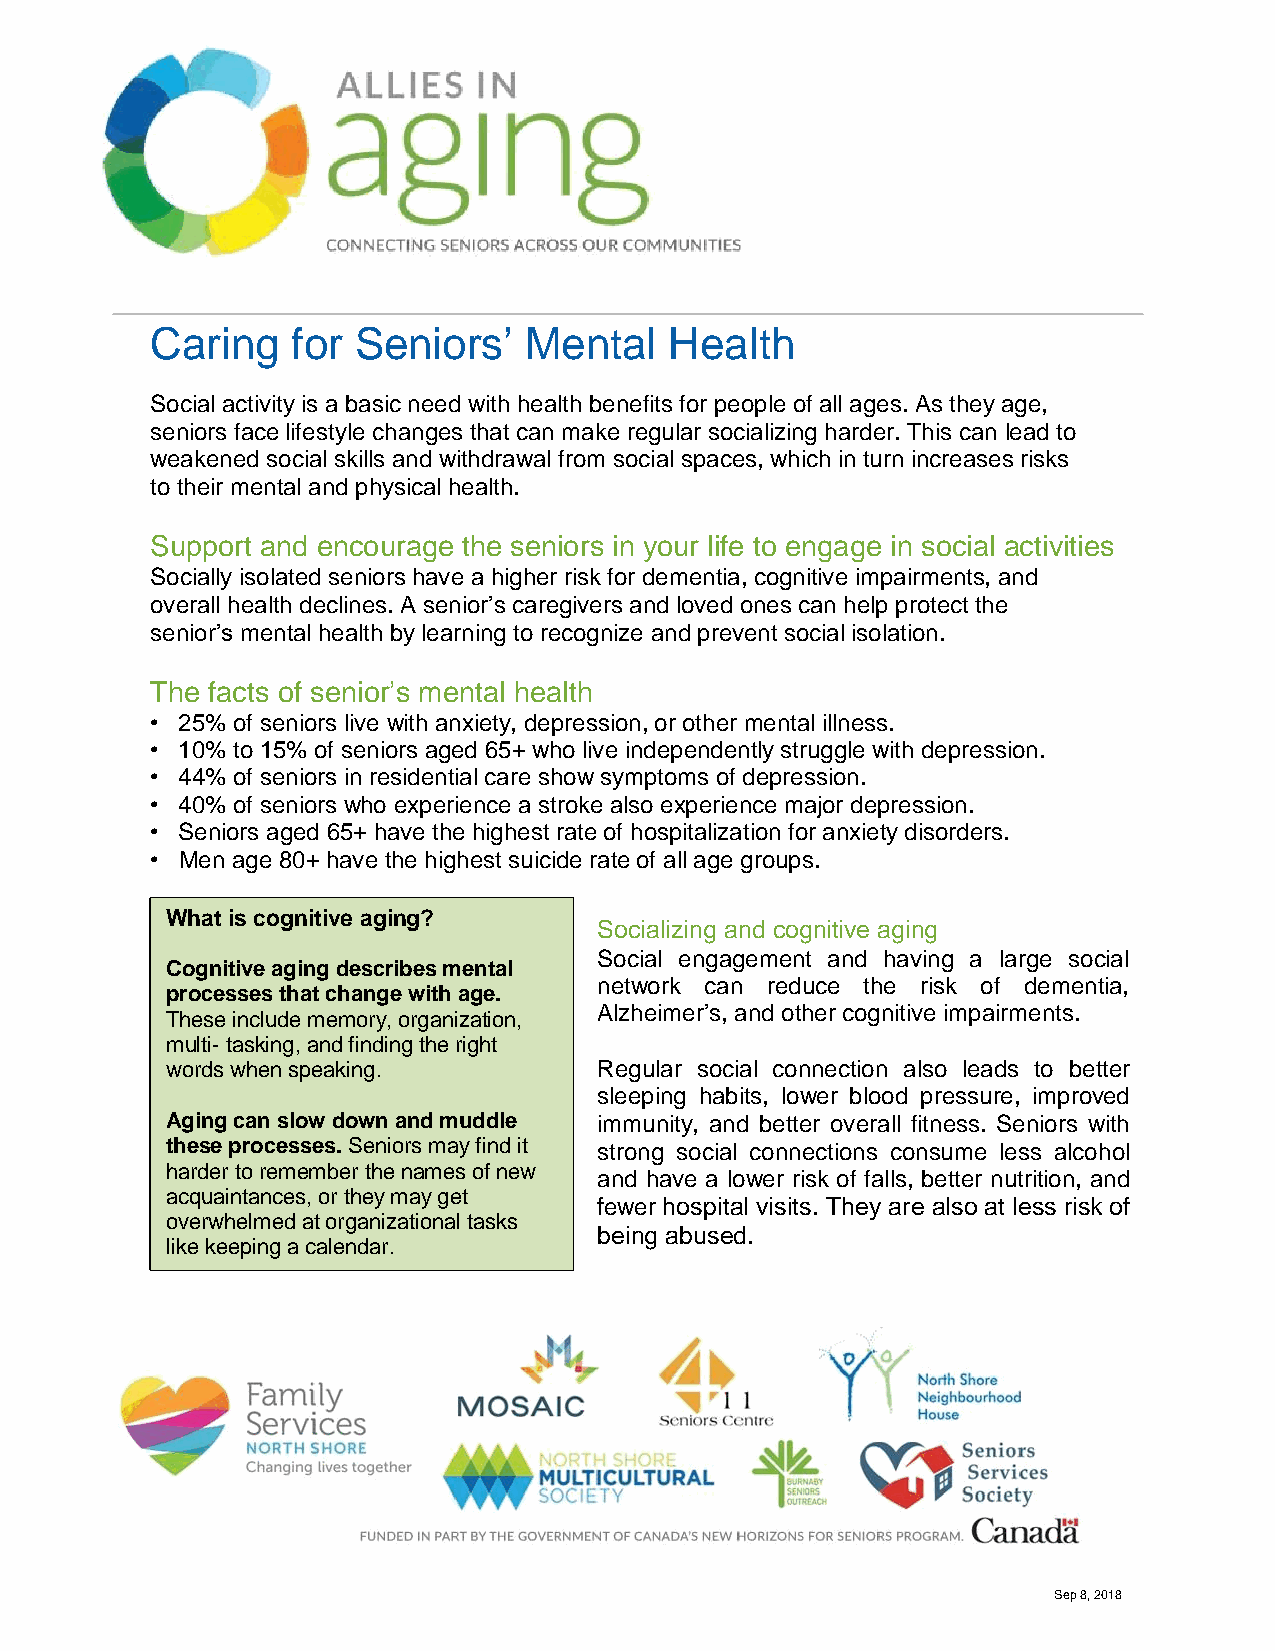
Caring   for Seniors’    Mental   Health
 Social activity is a basic need with health benefits for people of all ages. As they age,
 seniors face lifestyle changes that can make regular socializing harder. This can lead to
 weakened social skills and withdrawal from social spaces, which in turn increases risks
 to their mental and physical health.
 Support and encourage the seniors in your life to engage in social activities
 Socially isolated seniors have a higher risk for dementia, cognitive impairments, and
 overall health declines. A senior’s caregivers and loved ones can help protect the
 senior’s mental health by learning to recognize and prevent social isolation.
 The facts of senior’s mental health
 • 25% of seniors live with anxiety, depression, or other mental illness.
 • 10% to 15% of seniors aged 65+ who live independently struggle with depression.
 • 44% of seniors in residential care show symptoms of depression.
 • 40% of seniors who experience a stroke also experience major depression.
 • Seniors aged 65+ have the highest rate of hospitalization for anxiety disorders.
 • Men age 80+ have the highest suicide rate of all age groups.
 What is cognitive aging?
 Socializing and cognitive aging
 Social engagement and having a large social
 Cognitive aging describes mental
 network can reduce the risk of dementia,
 processes that change with age.
 Alzheimer’s, and other cognitive impairments.
 These include memory, organization,
 multi- tasking, and finding the right
 words when speaking.         Regular social connection also leads to better
 sleeping habits, lower blood pressure, improved
 Aging can slow down and muddle immunity, and better overall fitness. Seniors with
 these processes. Seniors may find it strong social connections consume less alcohol
 harder to remember the names of new
 and have a lower risk of falls, better nutrition, and
 acquaintances, or they may get
 fewer hospital visits. They are also at less risk of
 overwhelmed at organizational tasks
 being abused.
 like keeping a calendar.
 Sep 8, 2018